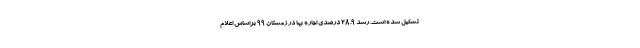
تشکیل شده است. رشد ۲۸.۹ درصدی اجاره ‌بها در زمستان ۹۹ براساس اعلام